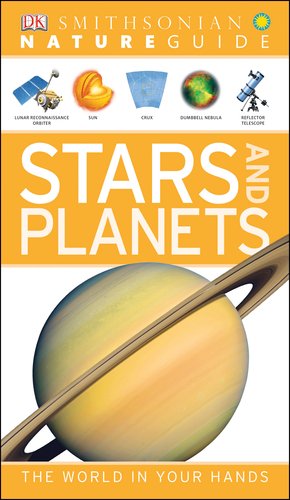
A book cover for Nature Guide: Stars and Planets; Robert Dinwiddie; Science & Math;